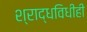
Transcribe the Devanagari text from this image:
श्राद्धविधीही